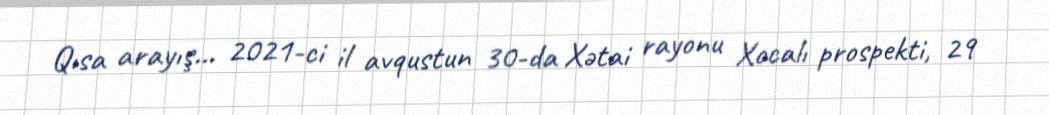
Qısa arayış... 2021-ci il avqustun 30-da Xətai rayonu Xocalı prospekti, 29